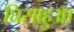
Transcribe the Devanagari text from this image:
घिसाहुआ